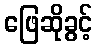
ဖြေဆိုခွင့်